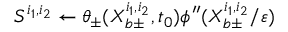
S ^ { i _ { 1 } , i _ { 2 } } \gets \theta _ { \pm } ( X _ { b \pm } ^ { i _ { 1 } , i _ { 2 } } , t _ { 0 } ) \phi ^ { \prime \prime } ( X _ { b \pm } ^ { i _ { 1 } , i _ { 2 } } / \varepsilon )